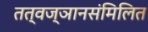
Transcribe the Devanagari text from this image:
तत्वज्ञानसंमिलित